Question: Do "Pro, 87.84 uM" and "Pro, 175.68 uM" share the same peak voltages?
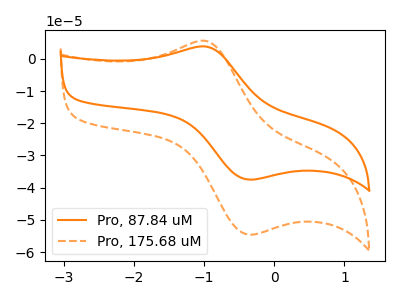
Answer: <think>The orange curve "Pro, 87.84 uM" has an anodic peak at (-0.95V, 3.80uA) and a cathodic peak at (-0.35V, -37.50uA). The orange dashed curve "Pro, 175.68 uM" has an anodic peak at (-0.95V, 5.50uA) and a cathodic peak at (-0.35V, -54.55uA).</think>
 <answer>Yes, "Pro, 87.84 uM" have a peak in "Pro, 175.68 uM" at the same potential.</answer>
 <eval>match</eval>